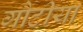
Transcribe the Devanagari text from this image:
गौटीया